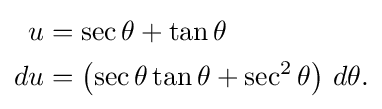
{\begin{aligned}u&=\sec \theta +\tan \theta \\du&=\left(\sec \theta \tan \theta +\sec ^{2}\theta \right)\,d\theta .\end{aligned}}